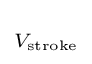
\scriptstyle V_{\text{stroke}}